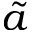
\tilde { a }